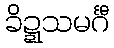
ခိဍ္ဍသမင်္ဂီ